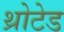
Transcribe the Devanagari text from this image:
थ्रोटेड